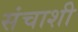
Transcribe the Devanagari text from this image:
संचाशी